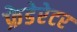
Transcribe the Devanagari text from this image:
फ्रेडेरेटर